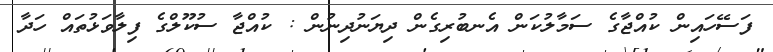
ފަސޭހައިން ކުއްޖާގެ ސަމާލުކަން އެނބުރިގެން ދިޔަނުދިނުން : ކުއްޖާ ސުކޫލްގެ ފިލާވަޅުތައް ހަދާ